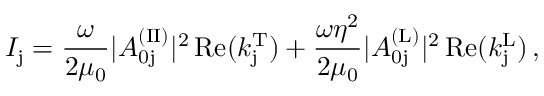
I _ { \mathrm { j } } = \frac { \omega } { 2 \mu _ { 0 } } | A _ { \mathrm { 0 j } } ^ { \mathrm { ( I I ) } } | ^ { 2 } \, \mathrm { R e } ( k _ { \mathrm { j } } ^ { \mathrm { T } } ) + \frac { \omega \eta ^ { 2 } } { 2 \mu _ { 0 } } | A _ { \mathrm { 0 j } } ^ { \mathrm { ( L ) } } | ^ { 2 } \, \mathrm { R e } ( k _ { \mathrm { j } } ^ { \mathrm { L } } ) \, ,